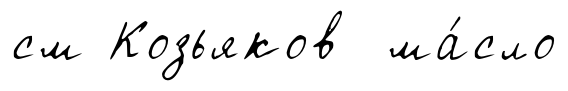
см Козьяков ма́сло